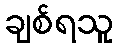
ချစ်ရသူ